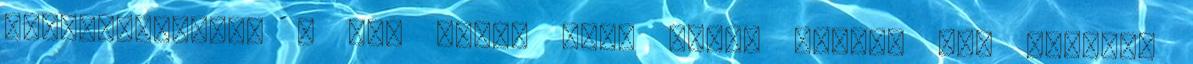
elmozdulásakor a kar felső csap körül fordul el. Ezekből